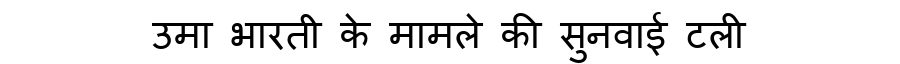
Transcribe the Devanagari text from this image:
उमा भारती के मामले की सुनवाई टली